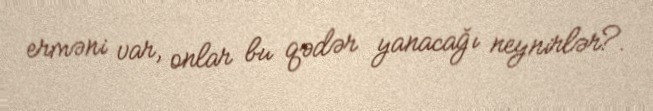
erməni var, onlar bu qədər yanacağı neynirlər?.